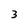
Character: 3